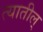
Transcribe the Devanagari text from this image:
त्यातील्